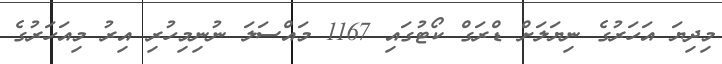
މިދިޔަ އަހަރުގެ ނިޔަލަށް ޑްރަގް ކޯޓުގައި 1167 މައްސަލަ ނުނިމިހުރި އިރު މިއަހަރުގެ